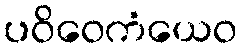
ပဝိဝေကံယေဝ